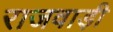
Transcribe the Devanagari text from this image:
राजवाड़ी